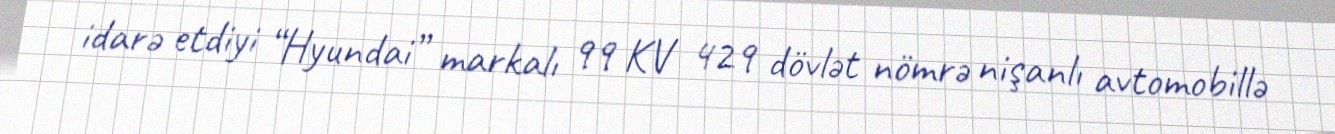
idarə etdiyi “Hyundai” markalı 99 KV 429 dövlət nömrə nişanlı avtomobillə